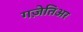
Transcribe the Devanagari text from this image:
गज़ेतिअर